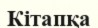
Кітапқа